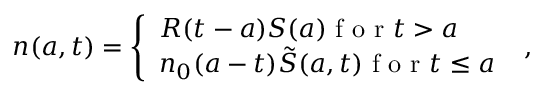
n ( a , t ) = \left\{ \begin{array} { l l } { R ( t - a ) S ( a ) \mathrm { ~ f ~ o ~ r ~ } t > a } \\ { { { n } _ { 0 } } ( a - t ) { \tilde { S } ( a , t ) } \mathrm { ~ f ~ o ~ r ~ } t \le a \mathrm { ~ } } \end{array} \right. ,